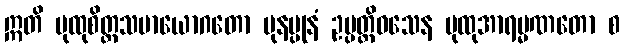
ဣတိ ပုထုစိတ္တသမာယောဂတော ပုနပ္ပုနံ ဥပ္ပတ္တိဝသေန ပုထုအာရမ္မဏတော စ